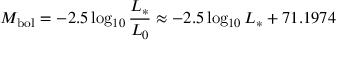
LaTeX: M _ { \mathrm { b o l } } = - 2 . 5 \log _ { 1 0 } { \frac { L _ { * } } { L _ { 0 } } } \approx - 2 . 5 \log _ { 1 0 } L _ { * } + 7 1 . 1 9 7 4